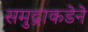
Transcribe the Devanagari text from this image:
समुद्राकडेने